Vaccination Hyderabad 1872-1889 - 1872-1889
Year: 1872
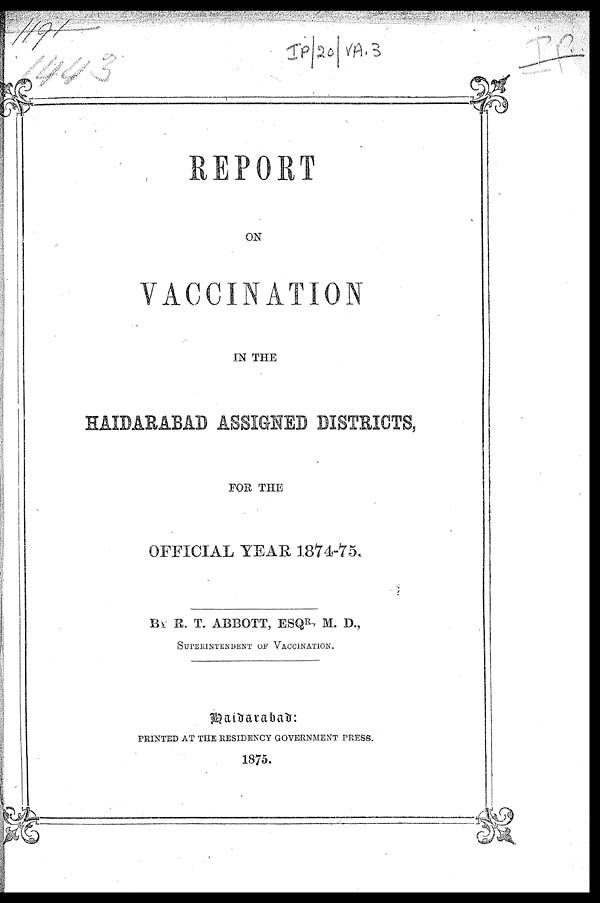
REPORT
ON
VACCINATION
IN THE
HAIDARABAD ASSIGNED DISTRICTS,
FOR THE
OFFICIAL YEAR 1874-75.
BY R. T. ABBOTT, ESQR., M. D.,
SUPERINTENDENT OF VACCINATION.
Haidarabad:
PRINTED AT THE RESIDENCY GOVERNMENT PRESS.
1875.